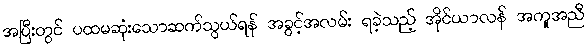
အပြီးတွင် ပထမဆုံးသောဆက်သွယ်ရန် အခွင့်အလမ်း ရခဲ့သည့် အိုင်ယာလန် အကူအညီ